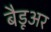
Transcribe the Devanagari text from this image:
बैडूअर